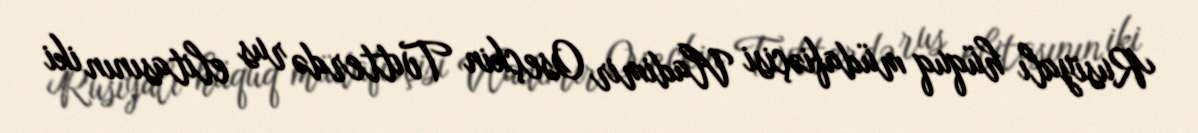
Rusiyalı hüquq müdafiəçisi Vladimir Oseçkin Tvıtterdə rus elitasının iki